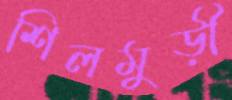
শিলমুড়ী